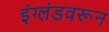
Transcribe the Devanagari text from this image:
इंग्लंडवरून